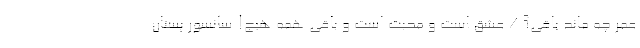
عمر چه ماند باقی؟ / عشق است و محبت است و باقی همه هیج! سانسور پستان